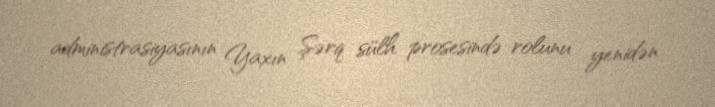
administrasiyasının Yaxın Şərq sülh prosesində rolunu yenidən